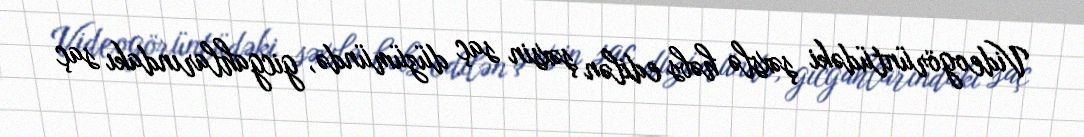
Videogörüntüdəki şəxslə həbs edilən şəxsin saç düzümündə, gicgahlarındakı saç